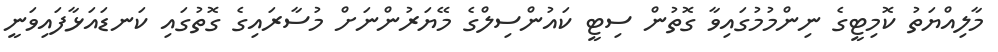
މާލިއްޔަތު ކޮމިޓީގެ ނިންމުމުގައިވާ ގޮތުން ސިޓީ ކައުންސިލްގެ މޭޔަރުންނަށް މުސާރައިގެ ގޮތުގައި ކަނޑައަޅާފައިވަނީ